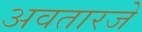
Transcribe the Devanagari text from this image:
अवतारजे